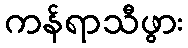
ကန်ရာသီဖွား